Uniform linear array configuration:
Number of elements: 12
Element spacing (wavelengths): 0.25
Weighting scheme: cosine
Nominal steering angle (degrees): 30
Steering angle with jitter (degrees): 28.538
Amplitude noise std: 0.05
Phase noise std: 0.05

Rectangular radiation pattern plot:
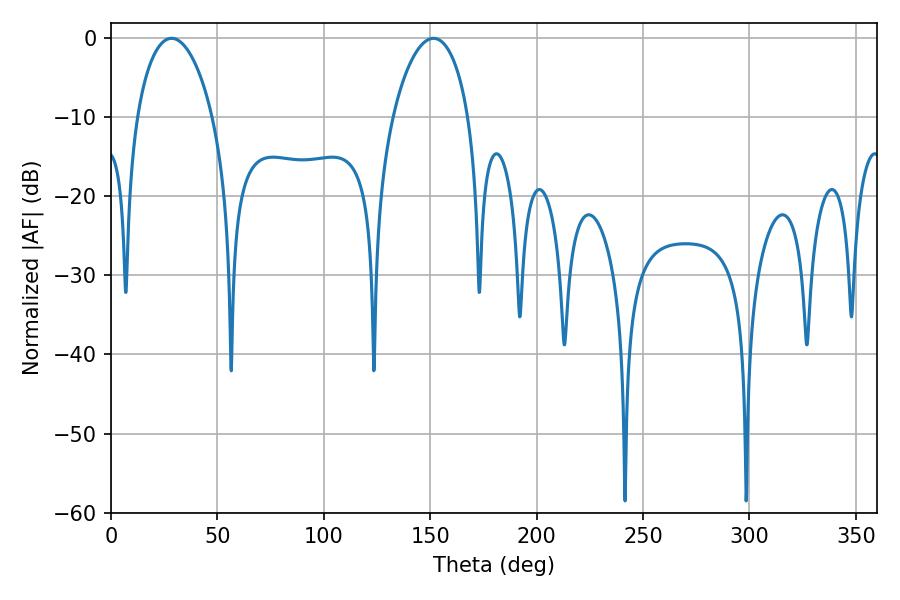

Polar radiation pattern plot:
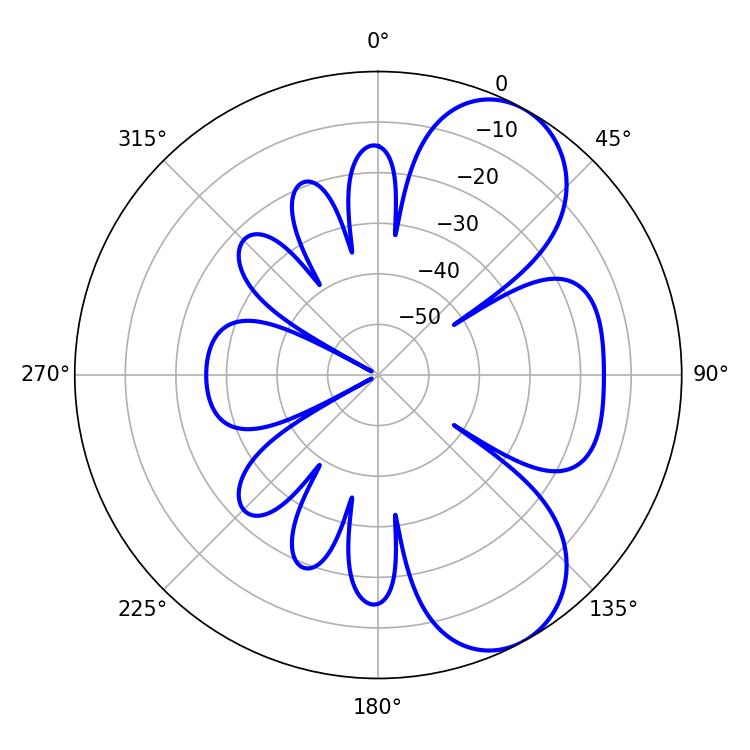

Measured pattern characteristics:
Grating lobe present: FALSE
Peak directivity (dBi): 7.226
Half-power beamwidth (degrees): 20.16
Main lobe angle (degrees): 28.44